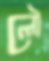
লৌ